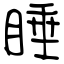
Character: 睡